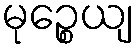
မုဉ္စေယျ